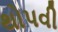
થોપવી